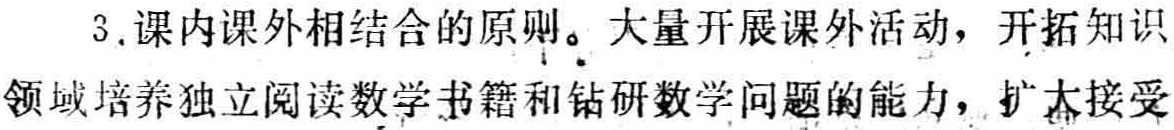
3. 课内课外相结合的原则。大量开展课外活动，开拓知识

领域培养独立阅读数学书籍和钻研数学问题的能力，扩大接受